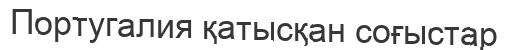
Португалия қатысқан соғыстар